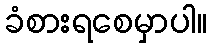
ခံစားရစေမှာပါ။